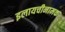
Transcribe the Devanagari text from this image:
इलायचीनामक